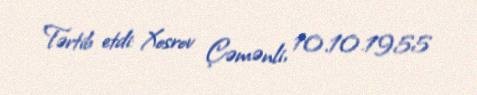
Tərtib etdi: Xosrov Çəmənli, 10.10.1955